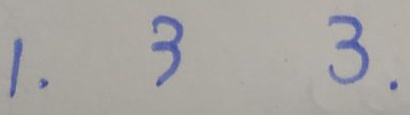
1 . 3 3 .